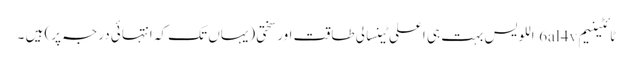
ٹائٹینیم 6al4v اللویس بہت ہی اعلی ٹینسالی طاقت اور سختی (یہاں تک کہ انتہائی درجہ پر) ہیں ۔